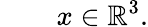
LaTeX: \qquad x\in\mathbb{R}^{3}.